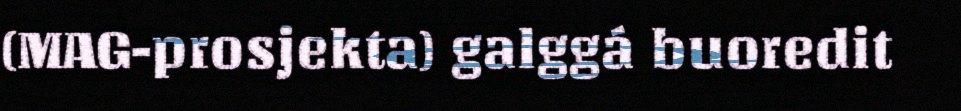
(MAG-prosjekta) galggá buoredit